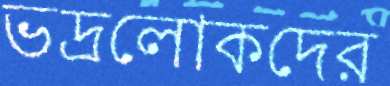
ভদ্রলোকদের